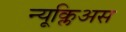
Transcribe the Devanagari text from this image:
न्यूक्लिअस